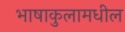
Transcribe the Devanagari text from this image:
भाषाकुलामधील